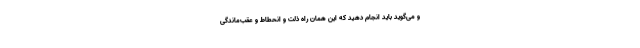
و می‌گوید باید انجام دهید که این همان راه ذلت و انحطاط و عقب‌ماندگی